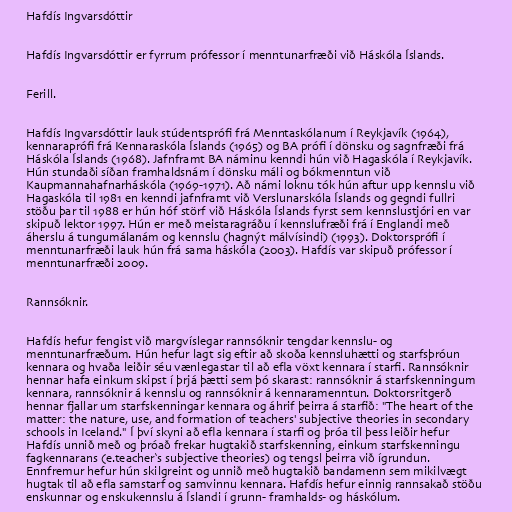
Hafdís Ingvarsdóttir

Hafdís Ingvarsdóttir er fyrrum prófessor í menntunarfræði við Háskóla Íslands.

Ferill.

Hafdís Ingvarsdóttir lauk stúdentsprófi frá Menntaskólanum í Reykjavík (1964),
kennaraprófi frá Kennaraskóla Íslands (1965) og BA prófi í dönsku og sagnfræði frá
Háskóla Íslands (1968). Jafnframt BA náminu kenndi hún við Hagaskóla í Reykjavík.
Hún stundaði síðan framhaldsnám í dönsku máli og bókmenntun við
Kaupmannahafnarháskóla (1969-1971). Að námi loknu tók hún aftur upp kennslu við
Hagaskóla til 1981 en kenndi jafnframt við Verslunarskóla Íslands og gegndi fullri
stöðu þar til 1988 er hún hóf störf við Háskóla Íslands fyrst sem kennslustjóri en var
skipuð lektor 1997. Hún er með meistaragráðu í kennslufræði frá í Englandi með
áherslu á tungumálanám og kennslu (hagnýt málvísindi) (1993). Doktorsprófi í
menntunarfræði lauk hún frá sama háskóla (2003). Hafdís var skipuð prófessor í
menntunarfræði 2009.

Rannsóknir.

Hafdís hefur fengist við margvíslegar rannsóknir tengdar kennslu- og
menntunarfræðum. Hún hefur lagt sig eftir að skoða kennsluhætti og starfsþróun
kennara og hvaða leiðir séu vænlegastar til að efla vöxt kennara í starfi. Rannsóknir
hennar hafa einkum skipst í þrjá þætti sem þó skarast: rannsóknir á starfskenningum
kennara, rannsóknir á kennslu og rannsóknir á kennaramenntun. Doktorsritgerð
hennar fjallar um starfskenningar kennara og áhrif þeirra á starfið: "The heart of the
matter: the nature, use, and formation of teachers' subjective theories in secondary
schools in Iceland." Í því skyni að efla kennara í starfi og þróa til þess leiðir hefur
Hafdís unnið með og þróað frekar hugtakið starfskenning, einkum starfskenningu
fagkennarans (e.teacher‘s subjective theories) og tengsl þeirra við ígrundun.
Ennfremur hefur hún skilgreint og unnið með hugtakið bandamenn sem mikilvægt
hugtak til að efla samstarf og samvinnu kennara. Hafdís hefur einnig rannsakað stöðu
enskunnar og enskukennslu á Íslandi í grunn- framhalds- og háskólum.